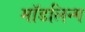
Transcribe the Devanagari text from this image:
मॉडलिन्ग